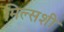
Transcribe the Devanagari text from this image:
मिल्सशी